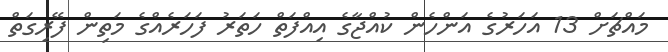
މައްޗަށް 13 އަހަރުގެ އަންހެން ކުއްޖާގެ އިއްފަތް ހަތަރު ފަހަރެއްގެ މަތިން ފޭރިގަތް